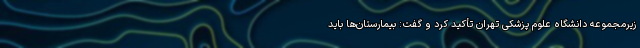
زیرمجموعه دانشگاه علوم پزشکی تهران تأکید کرد و گفت: بیمارستان‌ها باید